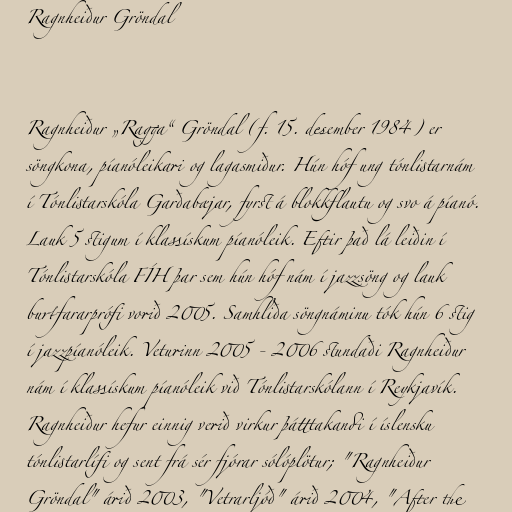
Ragnheiður Gröndal

Ragnheiður „Ragga“ Gröndal (f. 15. desember 1984) er
söngkona, píanóleikari og lagasmiður. Hún hóf ung tónlistarnám
í Tónlistarskóla Garðabæjar, fyrst á blokkflautu og svo á píanó.
Lauk 5 stigum í klassískum píanóleik. Eftir það lá leiðin í
Tónlistarskóla FÍH þar sem hún hóf nám í jazzsöng og lauk
burtfararprófi vorið 2005. Samhliða söngnáminu tók hún 6 stig
í jazzpíanóleik. Veturinn 2005 - 2006 stundaði Ragnheiður
nám í klassískum píanóleik við Tónlistarskólann í Reykjavík.
Ragnheiður hefur einnig verið virkur þátttakandi í íslensku
tónlistarlífi og sent frá sér fjórar sólóplötur; "Ragnheiður
Gröndal" árið 2003, "Vetrarljóð" árið 2004, "After the